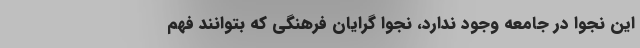
این‌ نجوا در جامعه وجود ندارد، نجوا گرایان فرهنگی که بتوانند فهم